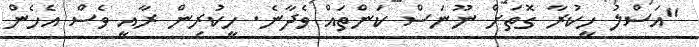
"އަސްލު ހީކުރާ ގޮތަށް ނޫނަސް ކަންތައް ވެދާނެ. ހީކުރިން ރާއީ ވެސް އެހެން